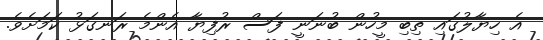
އެ ހިޔާލުގައި ތިބި މީހުން ބުނަނީ ފަސް ރުފިޔާ އެންމެ ރަނގަޅު ކަމަށެވެ.